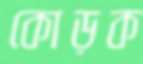
কোড়ক